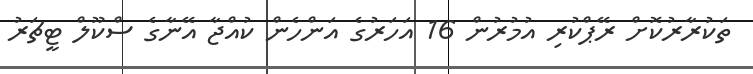
ތަކުރާރުކޮށް ރޭޕްކުރި އުމުރުން 16 އަހަރުގެ އަންހެން ކުއްޖާ އޭނާގެ ސްކޫލް ޓީޗަރު